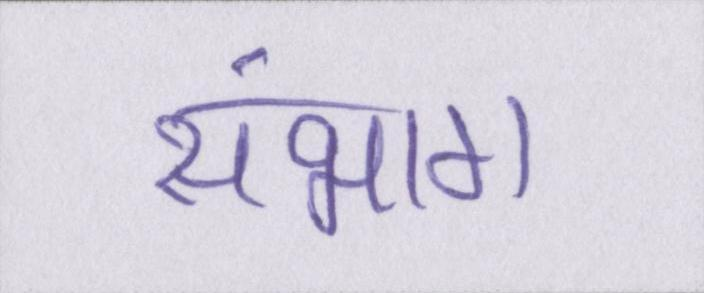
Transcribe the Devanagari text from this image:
संभाग